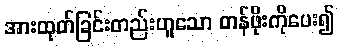
အားထုတ်ခြင်းတည်းဟူသော တန်ဖိုးကိုပေး၍